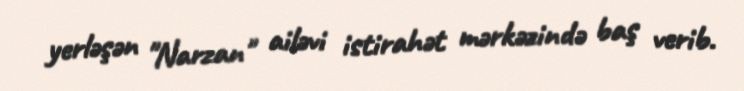
yerləşən "Narzan" ailəvi istirahət mərkəzində baş verib.